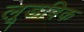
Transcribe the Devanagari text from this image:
लूडविक